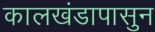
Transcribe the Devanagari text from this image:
कालखंडापासुन